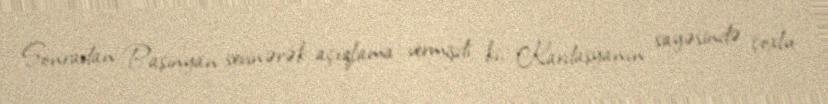
Sonradan Paşinyan sevinərək açıqlama vermişdi ki, Kardaşyanın sayəsində çoxlu